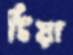
টিয়া